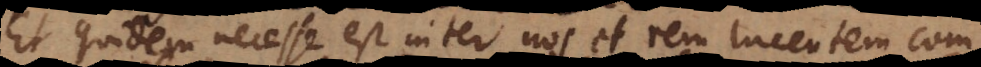
Et quidem necesse est inter nos et rem lucentem com